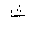
Letter: _tha